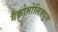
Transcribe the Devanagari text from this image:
मैक्रोमोलिक्यूल